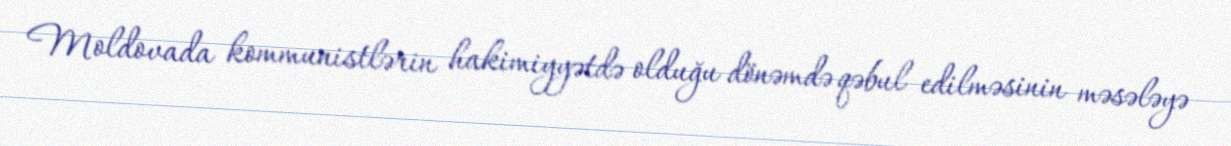
Moldovada kommunistlərin hakimiyyətdə olduğu dönəmdə qəbul edilməsinin məsələyə